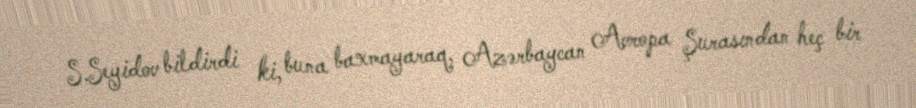
S.Seyidov bildirdi ki, buna baxmayaraq, Azərbaycan Avropa Şurasından heç bir